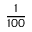
\frac { 1 } { 1 0 0 }